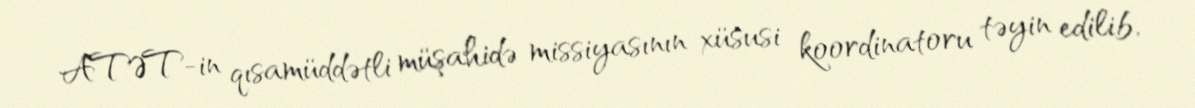
ATƏT-in qısamüddətli müşahidə missiyasının xüsusi koordinatoru təyin edilib,